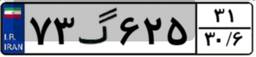
۷۳گ۶۲۵۳۱